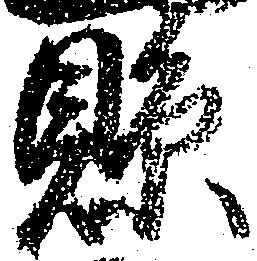
県